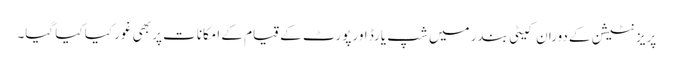
پریزنٹیشن کے دوران کیٹی بندر میں شپ یارڈ اور پورٹ کے قیام کے امکانات پر بھی غور کیا کیا گیا۔